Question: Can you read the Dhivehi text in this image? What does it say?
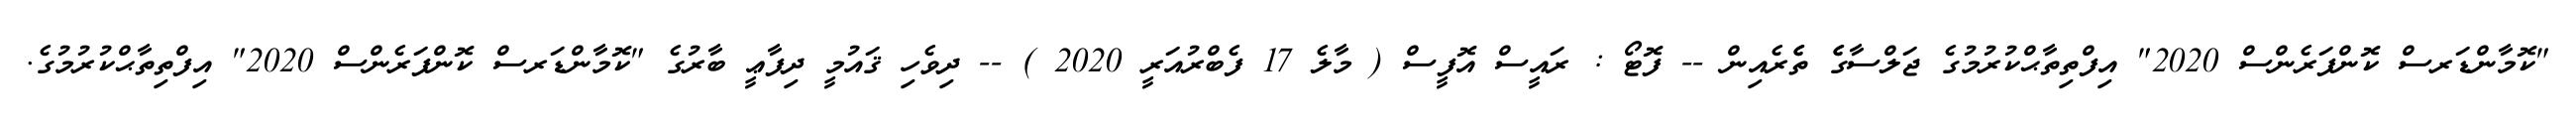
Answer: "ކޮމާންޑަރސް ކޮންފަރެންސް 2020" އިފްތިތާޙްކުރުމުގެ ޖަލްސާގެެ ތެެރެއިން -- ފޮޓޯ : ރައީސް އޮފީސް ( މާލެ 17 ފެބްރުއަރީ 2020 ) -- ދިވެހި ޤައުމީ ދިފާޢީ ބާރުގެ "ކޮމާންޑަރސް ކޮންފަރެންސް 2020" އިފްތިތާޙްކުރުމުގެ.